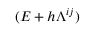
( \boldsymbol { E } + h \boldsymbol { \Lambda } ^ { i j } )